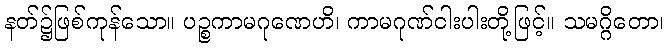
နတ်၌ဖြစ်ကုန်သော။ ပဉ္စကာမဂုဏေဟိ၊ ကာမဂုဏ်ငါးပါးတို့ဖြင့်။ သမဂ္ဂိတော၊